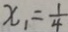
x _ { 1 } = \frac { 1 } { 4 }